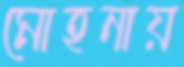
মোহনায়